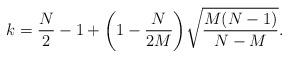
LaTeX: \begin{align*}k=\frac{N}{2}-1+\bigg(1-\frac{N}{2M}\bigg)\sqrt{\frac{M(N-1)}{N-M}}.\end{align*}